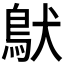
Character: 𩿁